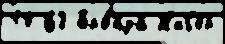
10 63 Бро́нза Н'иг'ер